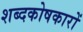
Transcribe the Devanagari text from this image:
शब्दकोषकारों